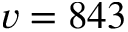
v = 8 4 3